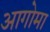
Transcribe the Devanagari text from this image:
आगोमा